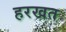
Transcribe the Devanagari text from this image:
हरखत